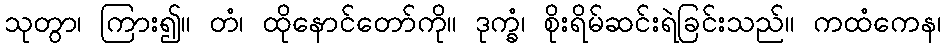
သုတွာ၊ ကြား၍။ တံ၊ ထိုနောင်တော်ကို။ ဒုက္ခံ၊ စိုးရိမ်ဆင်းရဲခြင်းသည်။ ကထံကေန၊